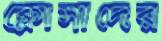
ক্লোসাদের